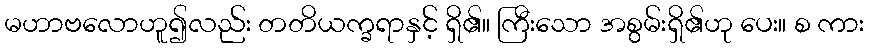
မဟာဗလောဟူ၍လည်း တတိယက္ခရာနှင့် ရှိ၏။ ကြီးသော အစွမ်းရှိ၏ဟု ပေး။ စ ကား